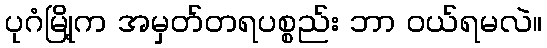
ပုဂံမြို့က အမှတ်တရပစ္စည်း ဘာ ဝယ်ရမလဲ။